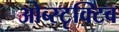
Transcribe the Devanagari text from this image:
ओब्स्टृक्टिव